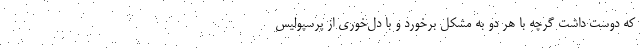
که دوست داشت گرچه با هر دو به مشکل برخورد و با دل‌خوری از پرسپولیس